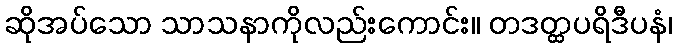
ဆိုအပ်သော သာသနာကိုလည်းကောင်း။ တဒတ္ထပရိဒီပနံ၊